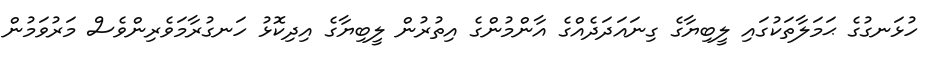
ހުޅަނގުގެ ޙަމަލާތަކުގައި ލީބިޔާގެ ގިނައަދަދެއްގެ އާންމުންގެ އިތުރުން ލީބިޔާގެ އިދިކޮޅު ހަނގުރާމަވެރިންވެސް މަރުވަމުން